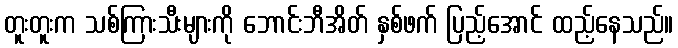
တူးတူးက သစ်ကြားသီးများကို ဘောင်းဘီအိတ် နှစ်ဖက် ပြည့်အောင် ထည့်နေသည်။